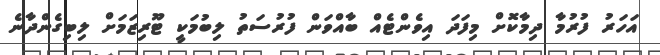
އަހަރު ފުރުމާ ދިމާކޮށް މިފަދަ އިވެންޓެއް ބާއްވަން ފުރުސަތު ލިބުމަކީ ޓޫރިޒަމަށް ލިބިގެންދާނެ